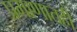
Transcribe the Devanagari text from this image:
प्रमाणातही